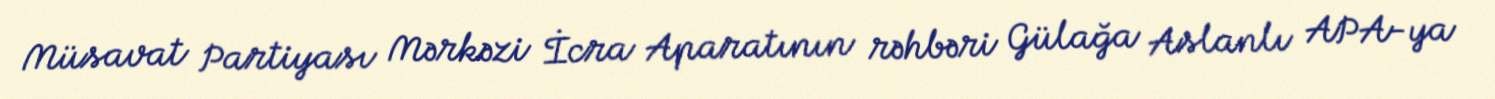
Müsavat Partiyası Mərkəzi İcra Aparatının rəhbəri Gülağa Aslanlı APA-ya